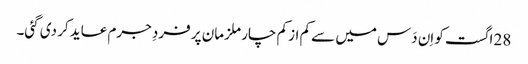
28 اگست کو اِن دَس میں سے کم از کم چار ملزمان پر فردِ جرم عاید کر دی گئی۔